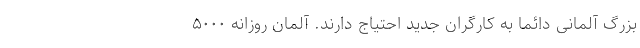
بزرگ آلمانی دائما به کارگران جدید احتیاج دارند. آلمان روزانه ۵۰۰۰